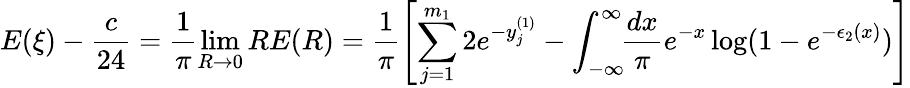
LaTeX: \displaystyle E(\xi)-\frac{c}{24}=\frac{1}{\pi}\operatorname*{lim}_{R\rightarrow 0}RE(R)=\displaystyle\frac{1}{\pi}\left[\sum_{j=1}^{m_{1}}2e^{-y_{j}^{(1)}}-\int_{-\infty}^{\infty}\! \! \frac{dx}{\pi}e^{-x}\log(1-e^{-\epsilon_{2}(x)})\right]